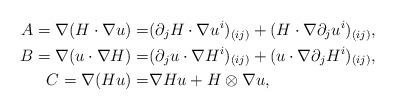
LaTeX: \begin{align*}A=\nabla (H\cdot \nabla u)=&(\partial_j H \cdot \nabla u^i)_{(ij)}+(H\cdot \nabla \partial_j u^i)_{(ij)},\\B=\nabla (u \cdot \nabla H)=&(\partial_j u\cdot \nabla H^i)_{(ij)}+ (u\cdot \nabla \partial_j H^i)_{(ij)},\\C=\nabla(H u)=&\nabla H u+H \otimes \nabla u,\end{align*}